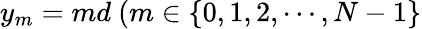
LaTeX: y_{m}=md~(m\in\{ 0,1,2,\cdots,N-1\}